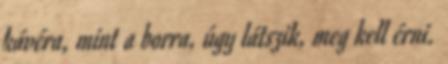
kávéra, mint a borra, úgy látszik, meg kell érni.